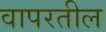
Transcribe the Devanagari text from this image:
वापरतील